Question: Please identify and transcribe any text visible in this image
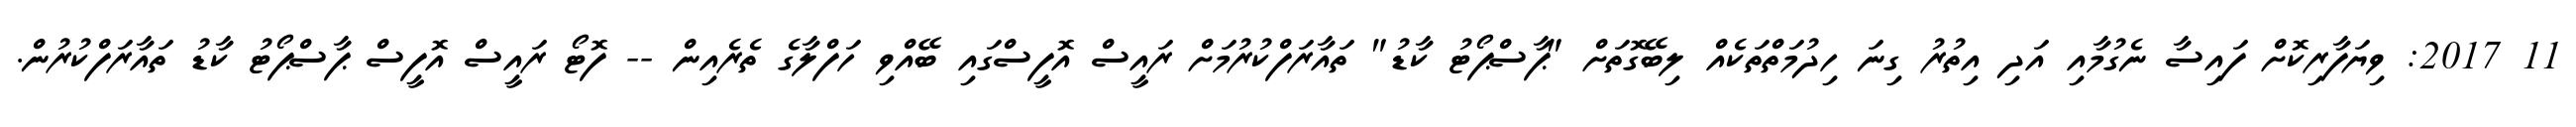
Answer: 11 2017: ވިޔަފާރިކޮށް ފައިސާ ނެގުމާއި އަދި އިތުރު ގިނަ ހިދުމަތްތަކެއް ލިބޭގޮތަށް "ޕާސްޕޯޓު ކާޑު" ތައާރަފްކުރުމަށް ރައީސް އޮފީސްގައި ބޭއްވި ހަފްލާގެ ތެރެއިން -- ފޮޓޯ ރައީސް އޮފީސް ޕާސްޕޯޓު ކާޑު ތައާރަފްކުރުން.